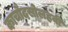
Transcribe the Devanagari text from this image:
काचौदसोलहवीं